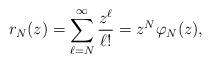
\begin{align*}r_N(z) = \sum\limits_{\ell=N}^\infty \frac{z^\ell}{\ell !} = z^N \varphi_N(z),\end{align*}